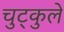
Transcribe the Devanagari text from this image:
चुट्कुले